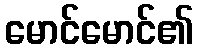
မောင်မောင်၏